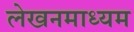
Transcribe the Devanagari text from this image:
लेखनमाध्यम